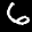
Label: 6